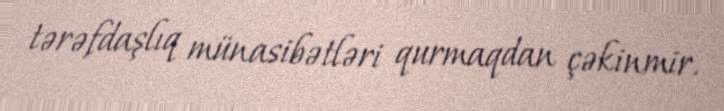
tərəfdaşlıq münasibətləri qurmaqdan çəkinmir.